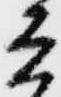
兵